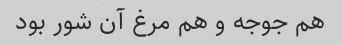
هم جوجه و هم مرغ آن شور بود